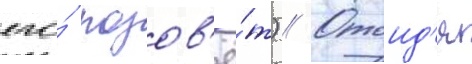
его́ позов'ё́т) // Отоид'я